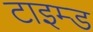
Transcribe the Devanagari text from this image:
टाइम्ड